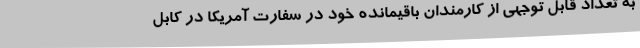
به تعداد قابل توجهی از کارمندان باقیمانده خود در سفارت آمریکا در کابل